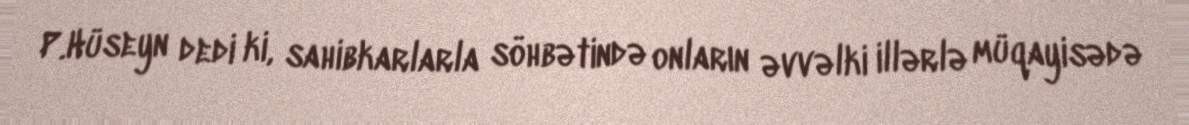
P.Hüseyn dedi ki, sahibkarlarla söhbətində onların əvvəlki illərlə müqayisədə